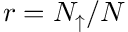
r = N _ { \uparrow } / N